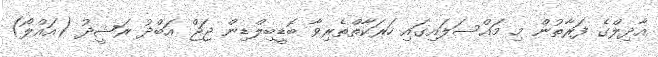
އާދިލްގެ ފަރާތުން މި މައްސަލައިގައި ހަރަކާތްތެރިވާ ބޮޑީބިލްޑިން ޖަޖް އަބްދު ރަޝީދު (އައްލޯ)